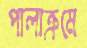
পালাক্রমে